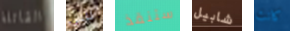
القاتلة ليس ستنقذ شابيل كانت